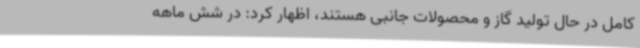
کامل در حال تولید گاز و محصولات جانبی هستند، اظهار کرد: در شش ماهه